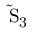
\mathrm { { \tilde { S } _ { 3 } } }